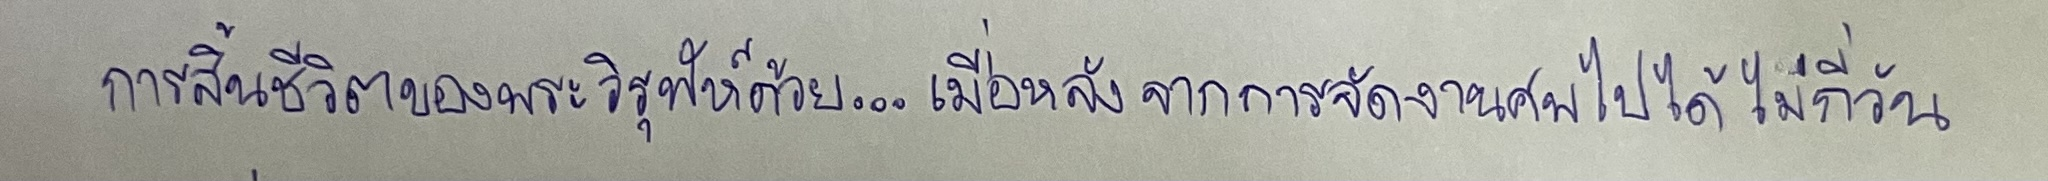
การสิ้นชีวิตของวิรุฬห์ด้วย...เมื่อหลังจากการจัดงานศพไปได้ไม่กี่วัน